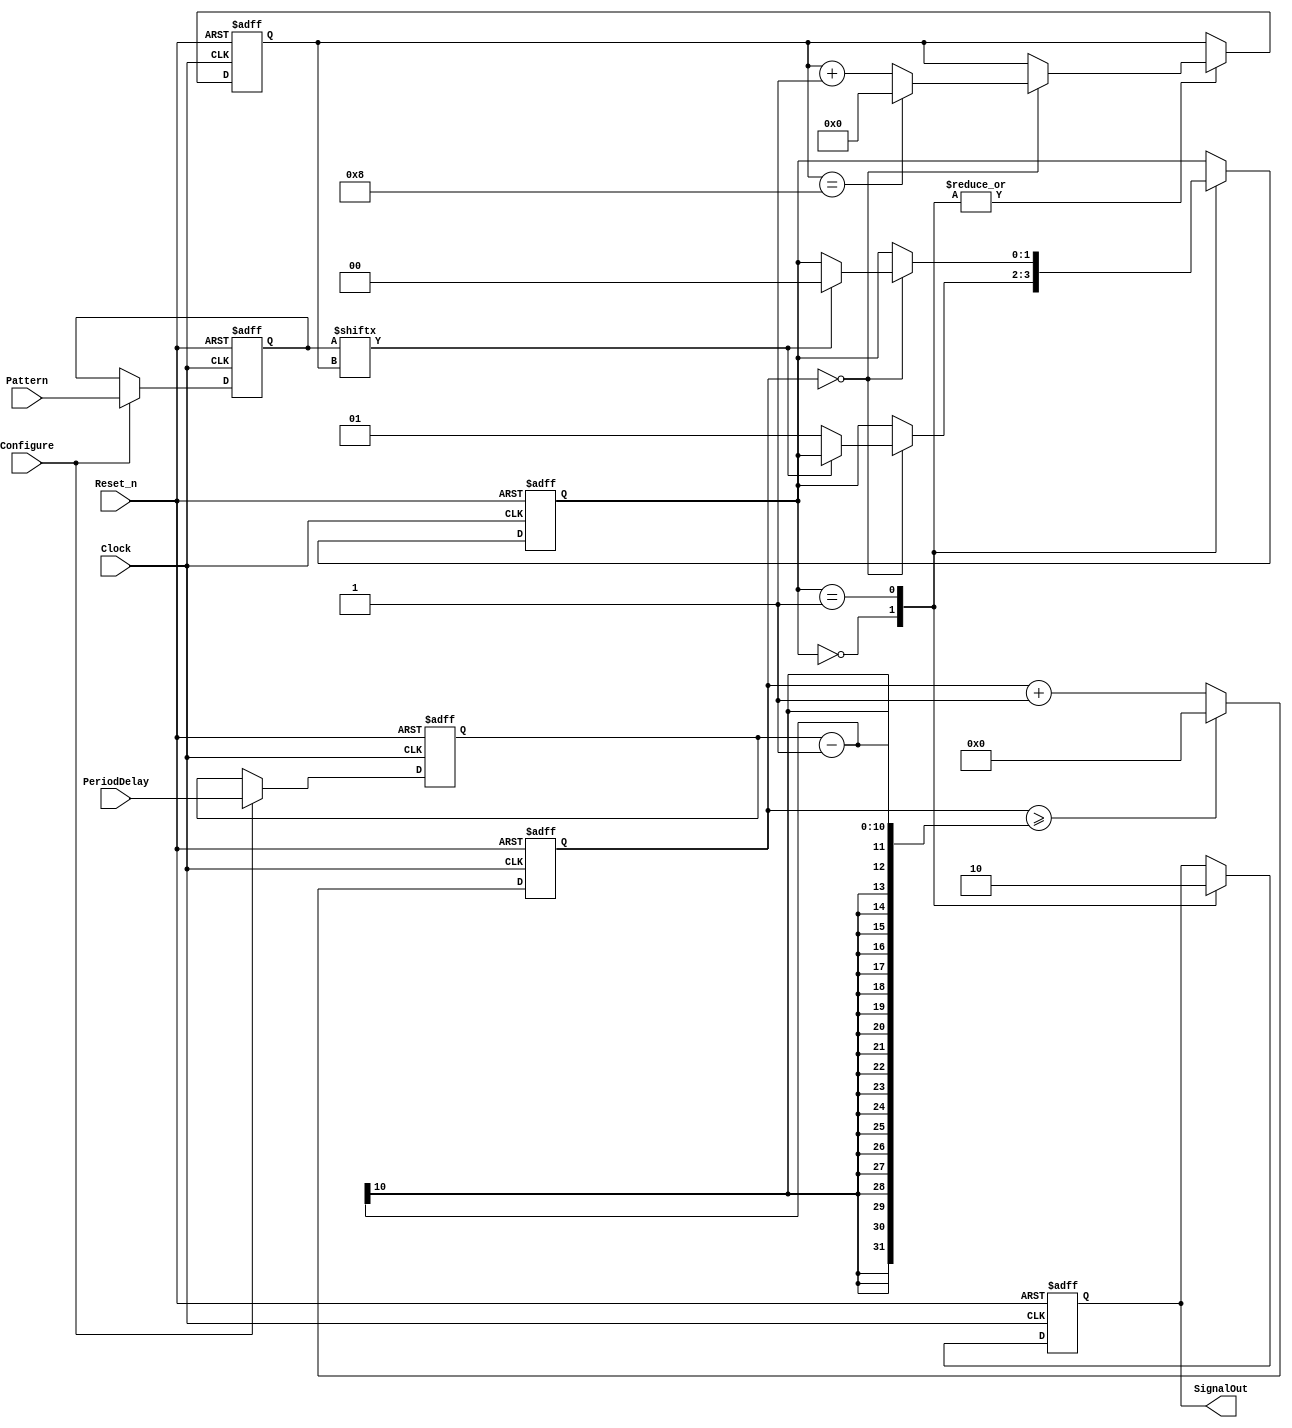
//% @file DSGEN.v
//% @author Petros Fountas, Apurva Modak
//% @brief Plots a signal on the display

module DSGEN (
  input         Clock,    // 10 MHz
  input         Reset_n,
  input         Configure,
  input  [9:0]  Pattern,
  input  [9:0]  PeriodDelay,
  output [0:0]  SignalOut 
);

  reg [0:0] Signal_q, Signal_d;
  
  reg [9:0] Pattern_q, Pattern_d;
  
  reg [9:0] PeriodDelay_q, PeriodDelay_d;
  
  reg [9:0] CC_q, CC_d; // Cycle Counter
  
  reg [3:0] PC_q, PC_d; // Pattern Counter
  
  reg NextBit;
  
  (* syn_encoding = "user, safe" *) reg [1:0] State_q, State_d;
  parameter RISING_STATE = 1'b0,
            FALLING_STATE = 1'b1;
          
  always @ (State_q, Signal_q, Configure, Pattern, Pattern_q,
            PeriodDelay,PeriodDelay_q, PC_q, CC_q, NextBit) begin
    
    Pattern_d <= Pattern_q;
    if (Configure == 1'b1)
      Pattern_d <= Pattern;
    
    PeriodDelay_d <= PeriodDelay_q;
    if (Configure == 1'b1)
      PeriodDelay_d <= PeriodDelay;
    
    CC_d <= ( CC_q >= PeriodDelay_q-1 )? 'b0 : CC_q + 1;
    
    NextBit <= Pattern_q[ PC_q ];
    
    PC_d <= PC_q;
    Signal_d <= Signal_q;
    State_d <= State_q;
    case (State_q)
      RISING_STATE : begin
        Signal_d <= 1'b1;
        if ( CC_q == 'b0 ) begin
          PC_d <= ( PC_q == 8 )? 'b0 : PC_q + 1;
          if ( NextBit == 1'b0)  
            State_d <= FALLING_STATE;
        end
      end
      FALLING_STATE : begin
        Signal_d <= 1'b0;
        if ( CC_q == 'b0 ) begin
          PC_d <= ( PC_q == 8 )? 'b0 : PC_q + 1;
          if ( NextBit == 1'b1 )
            State_d <= RISING_STATE;
        end
      end
    endcase
  end
  
  assign SignalOut = Signal_q[0:0];
  
  always @ (posedge Clock or negedge Reset_n) begin
    if ( Reset_n == 1'b0 ) begin
      State_q <= FALLING_STATE;
      Pattern_q <= 'b0;
      PeriodDelay_q <= 'b0;
      Signal_q <= 1'b0;
      CC_q <= 'b0;
      PC_q <= 'b0;
    end
    else begin
      State_q <= State_d;
      Pattern_q <= Pattern_d;
      PeriodDelay_q <= PeriodDelay_d;
      Signal_q <= Signal_d;
      CC_q <= CC_d;
      PC_q <= PC_d;
    end
  end

endmodule